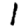
Digit: 1